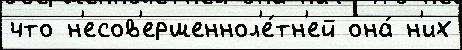
что н'есов'ершеннол'е́тн'ей она́ н'их